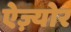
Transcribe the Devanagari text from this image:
ऐज़्योर